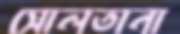
সোলতানা